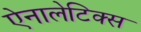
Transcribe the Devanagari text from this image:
ऐनालेटिक्स